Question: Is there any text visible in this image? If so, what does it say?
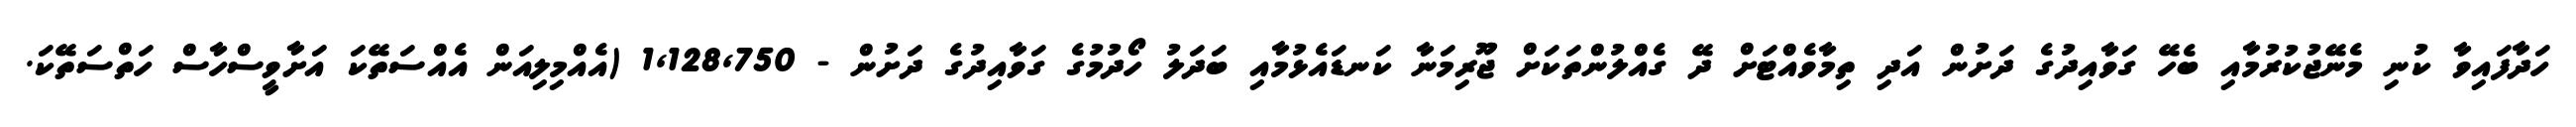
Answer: ހަދާފައިވާ ކުނި މެނޭޖުކުރުމާއި ބެހޭ ގަވާއިދުގެ ދަށުން އަދި ތިމާވެއްޓަށް ދޭ ގެއްލުންތަކަށް ޖޫރިމަނާ ކަނޑައެޅުމާއި ބަދަލު ހޯދުމުގެ ގަވާއިދުގެ ދަށުން - 1,128,750 (އެއްމިލިއަން އެއްސަތޭކަ އަށާވީސްހާސް ހަތްސަތޭކަ.